Annual report on the Civil Veterinary Department, Burma (including the Insein Veterinary School) - 1932-1941
Year: 1932
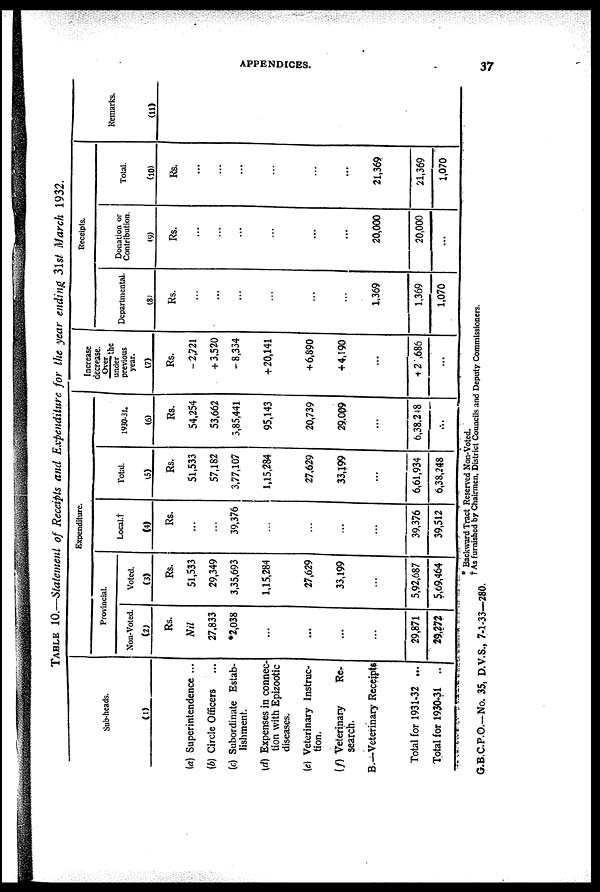
APPENDICES.
37
TABLE 10.—Statement of Receipts and Expenditure for the year ending 31st March 1932.
Sub-heads.
(1)
(a) Superintendence ...
(b) Circle Officers ...
(c) Subordinate Estab-
lishment.
(d) Expenses in connec-
tion with Epizootic
diseases.
(e) Veterinary Instruc-
tion.
(f) Veterinary
Re-
search.
B.—Veterinary Receipts
Total for 1931-32 ...
Total for 1930-31 ..
Expenditure.
Provincial.
Non-Voted.
(2)
Rs.
Nil
27,833
*2,038
...
...
...
...
29,871
29,272
Voted.
(3)
Rs.
51,533
29,349
3,35,693
1,15,284
27,629
33,199
...
5,92,687
5,69,464
Local.†
(4)
Rs.
...
...
39,376
...
...
...
...
39,376
39,512
Total.
(5)
Rs.
51,533
57,182
3,77,107
1,15,284
27,629
33,199
...
6,61,934
6,38,248
1930-31.
(6)
Rs.
54,254
53,662
3,85,441
95,143
20,739
29,009
...
6,38,248
...
Increase
decrease.
Over /
the
under
previous
year.
(7)
Rs.
- 2,721
+ 3,520
- 8,334
+ 20,141
+ 6,890
+4,190
...
+ 2,686
...
Receipts.
Departmental.
(8)
Rs.
...
...
...
...
...
...
1,369
1,369
1,070
Donation or
Contribution.
(9)
Rs.
...
...
...
...
...
...
20,000
20,000
...
Total.
(10)
Rs.
...
...
...
...
...
...
21,369
21,369
1,070
Remarks.
(11)
* Backward Tract Reserved Non-Voted.
† As furnished by Chairmen, District Councils and Deputy Commissioners.
G.B.C.P.O.-No. 35, D.V.S., 7-1-33—280.